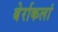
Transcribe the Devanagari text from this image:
बेर्राकलां